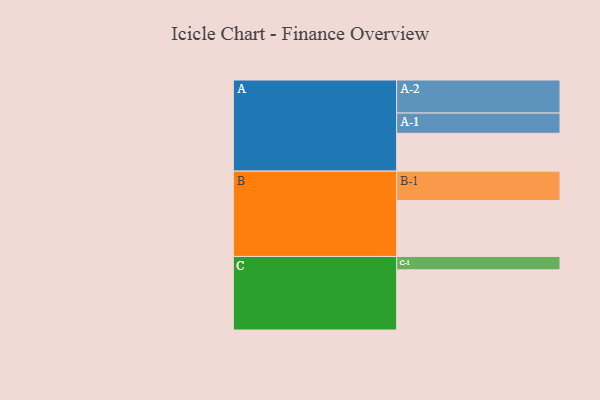
{"axis": {"x": "Segment", "y": "Value"}, "legend": ["", "A", "B", "C"], "data": [{"x": "A", "y": 331, "type": ""}, {"x": "B", "y": 489, "type": ""}, {"x": "C", "y": 526, "type": ""}, {"x": "A-1", "y": 177, "type": "A"}, {"x": "A-2", "y": 289, "type": "A"}, {"x": "B-1", "y": 257, "type": "B"}, {"x": "C-1", "y": 117, "type": "C"}]}